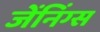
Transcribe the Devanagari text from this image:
जेंनिंग्स